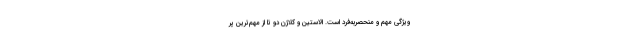
ویژگی مهم و منحصربه‌فرد است. الاستین و کلاژن دو تا از مهم‌ترین پر